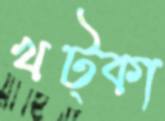
খট্কা